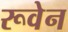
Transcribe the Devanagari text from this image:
रूवेन